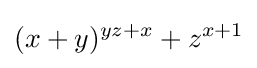
(x+y)^{yz+x}+z^{x+1}